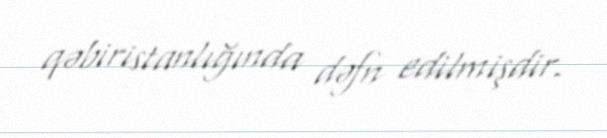
qəbiristanlığında dəfn edilmişdir.